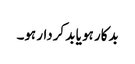
بدکار ہو یا بد کردار ہو۔